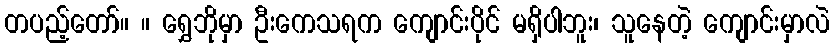
တပည့်တော်။ ။ ရွှေဘိုမှာ ဦးကေသရက ကျောင်းပိုင် မရှိပါဘူး၊ သူနေတဲ့ ကျောင်းမှာလဲ